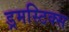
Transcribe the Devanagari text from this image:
ड्रमस्टिक्स